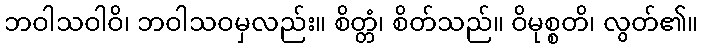
ဘဝါသဝါဝိ၊ ဘဝါသဝမှလည်း။ စိတ္တံ၊ စိတ်သည်။ ဝိမုစ္စတိ၊ လွတ်၏။